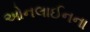
ઓનલાઈનના